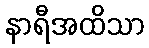
နာရီအထိသာ